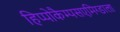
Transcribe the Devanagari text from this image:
हिप्पोकैम्पसएमिग्डाला